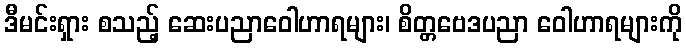
ဒီမင်းရှား စသည့် ဆေးပညာဝေါဟာရများ၊ စိတ္တဗေဒပညာ ဝေါဟာရများကို